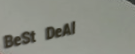
BeSt DeAl